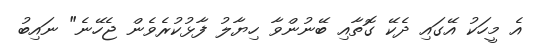
އެ މީހަކު އޭގައި ދެކޭ ގޮތާއި ބޭނުންވާ ހިޔާލު ފާޅުކުރެވެން ޖެހޭނެ" ނައިބު